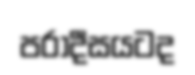
පරාදීසයටද